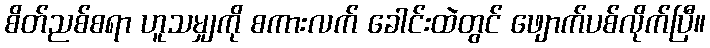
စိတ်ညစ်စရာ ဟူသမျှကို စကားလက် ခေါင်းထဲတွင် ဖျောက်ပစ်လိုက်ပြီ။